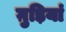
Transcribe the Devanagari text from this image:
ग़ुड़ियां